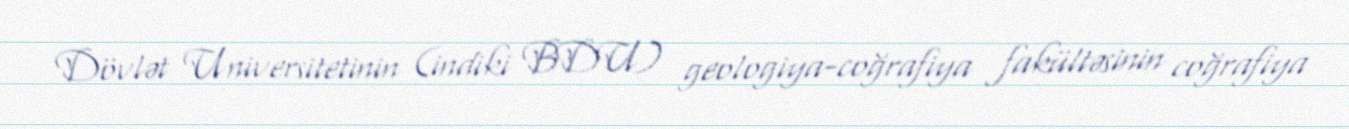
Dövlət Universitetinin (indiki BDU) geologiya-coğrafiya fakültəsinin coğrafiya